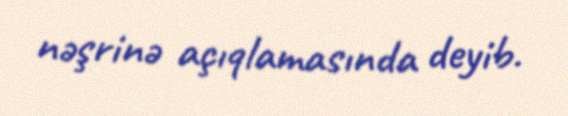
nəşrinə açıqlamasında deyib.